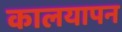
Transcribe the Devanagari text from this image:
कालयापन